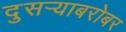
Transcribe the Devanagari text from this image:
दुसर्‍याबरोबर